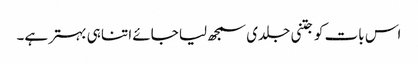
اس بات کو جتنی جلدی سمجھ لیا جائے اتنا ہی بہتر ہے۔